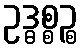
ဥဒ္ဓစ္စဉ္စ